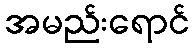
အမည်းရောင်